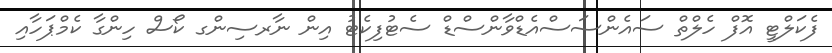
ފެކަލްޓީ އޮފް ހެލްތް ސައެންސަސްއެޑްވާންސްޑް ސެޓުފިކެޓު އިން ނާރސިންގ ކޯސް ހިންގާ ކެމްޕަހާއި